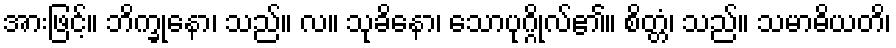
အားဖြင့်။ ဘိက္ခုနော၊ သည်။ လ။ သုခိနော၊ သောပုဂ္ဂိုလ်၏။ စိတ္တံ၊ သည်။ သမာဓိယတိ၊